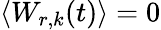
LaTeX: \langle W_{r,k}(t)\rangle=0